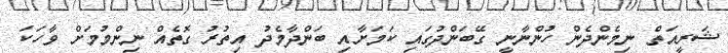
ޝަރީއަތް ނިމެންދެން ހުންނާނީ ގޭބަންދުގައި ކަމަށާއި ބަންދާމެދު އިތުރު ގޮތެއް ނިންމުމަށް ވާހަކަ